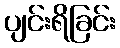
ပျင်းရိခြင်း